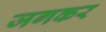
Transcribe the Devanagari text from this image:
जगकर